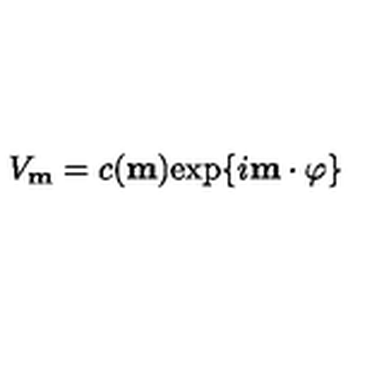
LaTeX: V _ { \bf m } = c ( { \bf m } ) \mathrm { e x p } \{ i { \bf m } \cdot \mathrm { \boldmath \varphi } \}